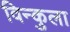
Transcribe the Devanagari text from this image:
विन्कुला